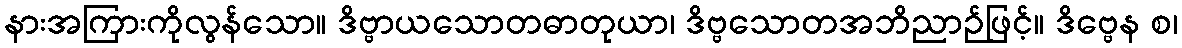
နားအကြားကိုလွန်သော။ ဒိဗ္ဗာယသောတဓာတုယာ၊ ဒိဗ္ဗသောတအဘိညာဉ်ဖြင့်။ ဒိဗ္ဗေန စ၊